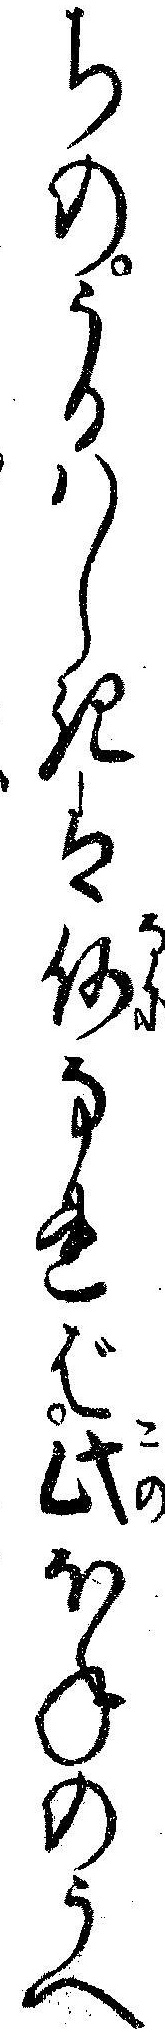
ちのうるハしきは何なれば此ほねのうへ